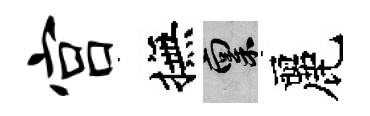
宫撫禀麗